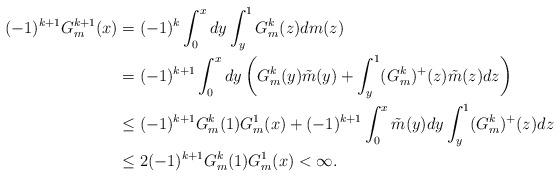
LaTeX: \begin{align*} (-1)^{k+1}G^{k+1}_m(x) &= (-1)^k\int_{0}^{x}dy\int_{y}^{1}G^k_m(z)dm(z) \\ &= (-1)^{k+1}\int_{0}^{x}dy\left( G^k_m(y)\tilde{m}(y) + \int_{y}^{1}(G^k_m)^+(z)\tilde{m}(z)dz \right) \\ &\leq (-1)^{k+1}G^k_m(1)G^1_m(x) + (-1)^{k+1} \int_{0}^{x}\tilde{m}(y)dy\int_{y}^{1}(G^k_m)^+(z)dz \\ &\leq 2(-1)^{k+1}G^k_m(1)G^1_m(x) < \infty. \end{align*}